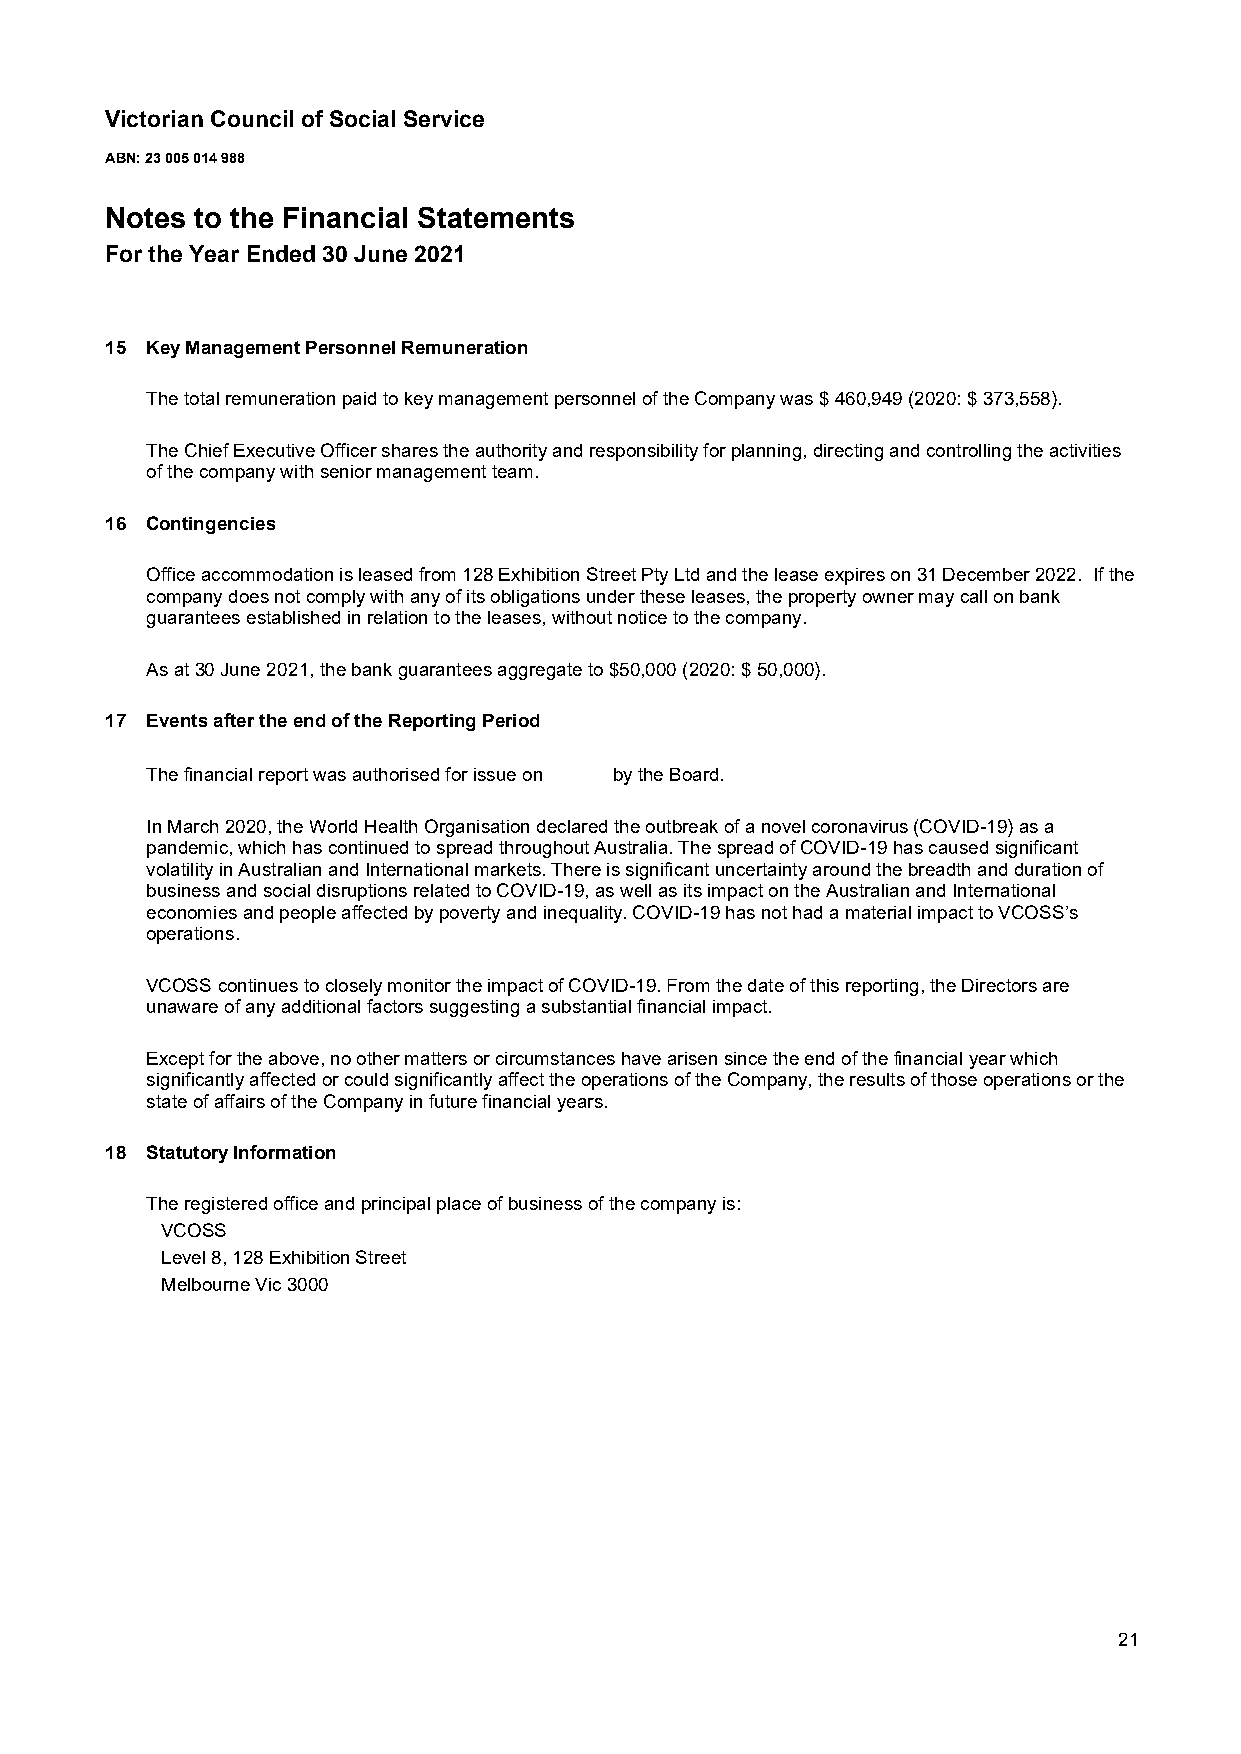
Victorian Council of Social Service
 ABN: 23 005 014 988
 Notes to the Financial Statements
 For the Year Ended 30 June 2021
 15 Key Management Personnel Remuneration
 The total remuneration paid to key management personnel of the Company was $ 460,949(2020: $ 373,558).
 The Chief Executive Officer shares the authority and responsibility for planning, directing and controlling the activities
 of the company with senior management team.
 16 Contingencies
 Office accommodation is leased from 128 Exhibition Street Pty Ltd and the lease expires on 31 December 2022. If the
 company does not comply with any of its obligations under these leases, the property owner may call on bank
 guarantees established in relation to the leases, without notice to the company.
 As at 30 June 2021, the bank guarantees aggregate to $50,000 (2020: $ 50,000).
 17 Events after the end of the Reporting Period
 The financial report was authorised for issue on by the Board.
 In March 2020, the World Health Organisation declared the outbreak of a novel coronavirus (COVID-19) as a
 pandemic, which has continued to spread throughout Australia. The spread of COVID-19 has caused significant
 volatility in Australian and International markets. There is significant uncertainty around the breadth and duration of
 business and social disruptions related to COVID-19, as well as its impact on the Australian and International
 economies and people affected by poverty and inequality. COVID-19 has not had a material impact to VCOSS’s
 operations.
 VCOSS continues to closely monitor the impact of COVID-19. From the date of this reporting, the Directors are
 unaware of any additional factors suggesting a substantial financial impact.
 Except for the above, no other matters or circumstances have arisen since the end of the financialyear which
 significantly affected or could significantly affect the operations of the Company, the results of those operations or the
 state of affairs of the Company in future financial years.
 18 Statutory Information
 The registered office and principal place of business of the company is:
 VCOSS
 Level 8, 128 Exhibition Street
 Melbourne Vic 3000
 21